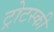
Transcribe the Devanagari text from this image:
ट्रोटस्की